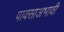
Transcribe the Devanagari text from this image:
पावसाअभावी